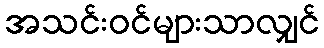
အသင်းဝင်များသာလျှင်